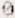
0